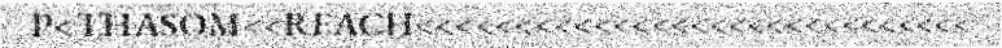
P<THASOM<<REACH<<<<<<<<<<<<<<<<<<<<<<<<<<<<<